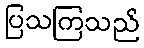
ပြသကြသည်